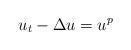
LaTeX: \begin{align*} u_t-\Delta u=u^p \end{align*}